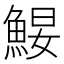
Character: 𩷑